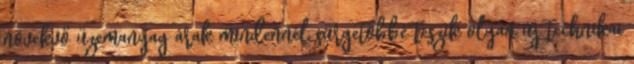
növekvő üzemanyag árak mindennél sürgetőbbé teszik olyan új technikai